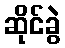
ဆိုင်ခွဲ